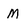
Character: m